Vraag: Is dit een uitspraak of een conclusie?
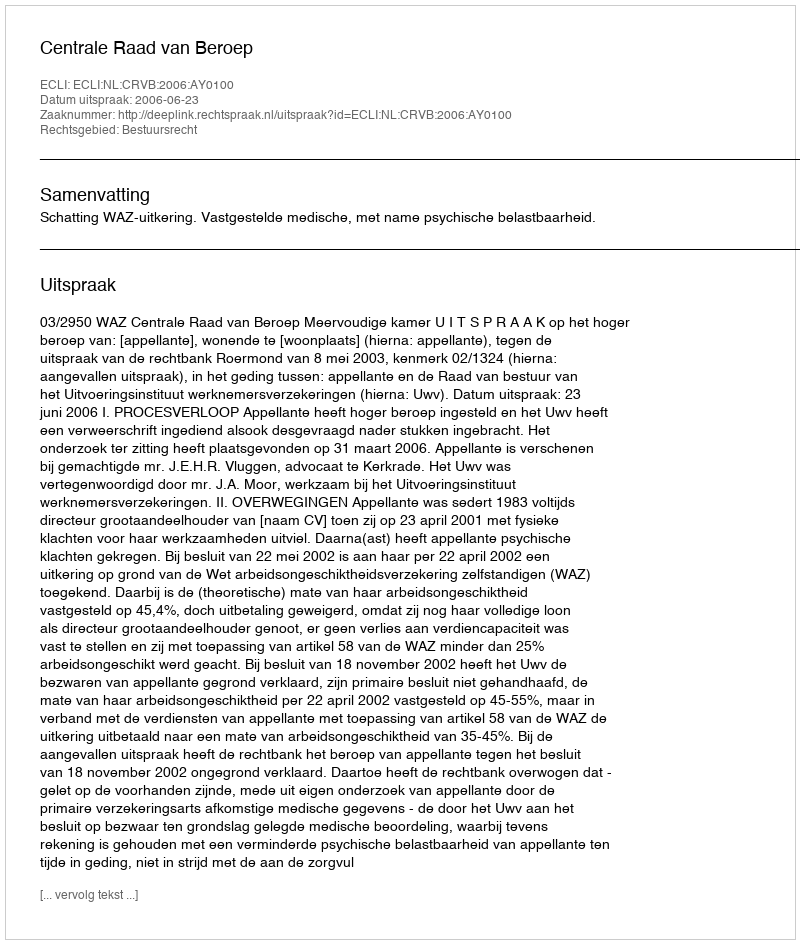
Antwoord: Uitspraak